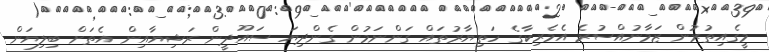
މީގެއިތުރުން ޒަމާނުއްސުރެ އެމެރިކާގެ ހަތިޔާރުތައް ގަންނަމުން ގެންދިޔަ ސައޫދީން ރަޝިޔާއިން އެތަށް ބިލިޔަން